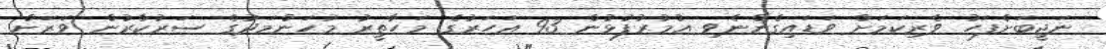
ނަޖީބަށްފަހު ވެރިކަމަށް ވަޑައިގެންނެވި އުމުރުފުޅުން 93 އަހަރުގެ މަހާތީރު މުހަންމަދުގެ ސަރުކާރުން ވަރަށް